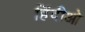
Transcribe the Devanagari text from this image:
हिंदीओ